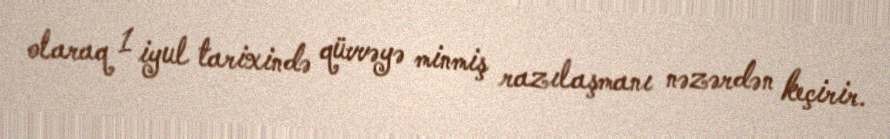
olaraq 1 iyul tarixində qüvvəyə minmiş razılaşmanı nəzərdən keçirir.